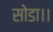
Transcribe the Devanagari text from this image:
सोडा।।